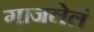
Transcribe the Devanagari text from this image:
गाजलेलं